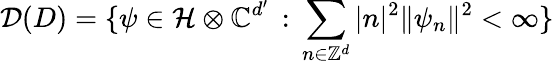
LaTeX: {\cal D}(D)=\{ \psi\in{\cal H}\otimes{\mathbb C}^{d^{\prime}}\, :\, \sum_{n\in{\mathbb Z}^{d}}|n|^{2}\| \psi_{n}\| ^{2}<\infty\}